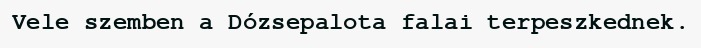
Vele szemben a Dózsepalota falai terpeszkednek.